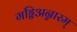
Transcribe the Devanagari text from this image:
गड्डिअन्नारम्